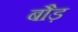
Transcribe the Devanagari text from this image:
बौड़